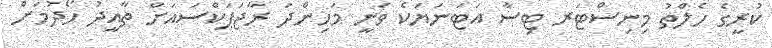
ކުރީގެ ހެލްތު މިނިސްޓަރ ޓިސާ އަޓަނަޔަކެ ވަނީ މަހިންދަ ރާޖަޕަކްސައަށް ތާއީދު ހޯދުމަށް